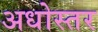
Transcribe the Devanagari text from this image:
अधोस्तर